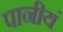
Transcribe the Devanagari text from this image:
पानीयं